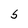
Character: S